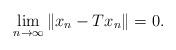
LaTeX: \begin{align*}\lim_{n\rightarrow \infty }\left\Vert x_{n}-Tx_{n}\right\Vert =0. \end{align*}